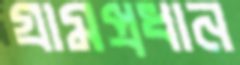
গ্রামপ্রধান